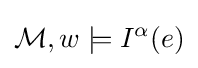
{\mathcal {M}},w\models I^{\alpha }(e)